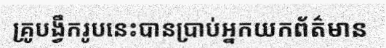
គ្រូបង្វឹករូបនេះបានប្រាប់អ្នកយកព័ត៌មាន